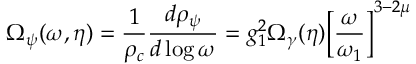
\Omega _ { \psi } ( \omega , \eta ) = \frac { 1 } { \rho _ { c } } \frac { d \rho _ { \psi } } { d \log { \omega } } = g _ { 1 } ^ { 2 } \Omega _ { \gamma } ( \eta ) \biggl [ \frac { \omega } { \omega _ { 1 } } \biggr ] ^ { 3 - 2 \mu }